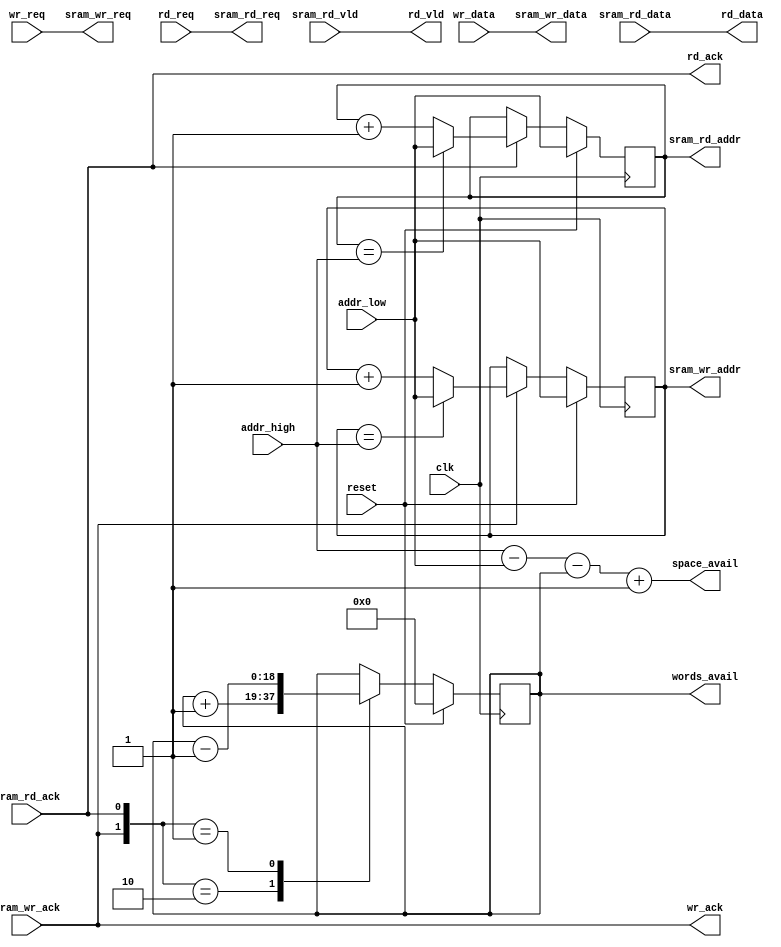
/***************************************
 * $Id: sram_fifo.v 5193 2009-03-06 00:15:26Z grg $
 *
 * Module: sram_fifo.v
 * Project: output_queues v2
 * Description: Implements a FIFO in SRAM
 *
 * Change history:
 *
 ***************************************/
`timescale 1ns/1ps

  module sram_fifo
    #(parameter SRAM_WIDTH = 72,
      parameter SRAM_ADDR_WIDTH = 19)
      (/* input side */
       input     [SRAM_WIDTH-1:0]        wr_data,       /* data to write */
       input                             wr_req,        /* set high to write and keep
                                                         * until wr_ack is raised */
       output                            wr_ack,        /* indicates current word stored,
                                                         * need new word on next cycle */
       output     [SRAM_ADDR_WIDTH-1:0]  space_avail,   /* num words that can be written
                                                         * before becoming full */

       /* output side */
       input                             rd_req,        /* set high to req rd. Keep hi
                                                         * till ack */
       output                            rd_ack,        /* rd started. rd_req should go
                                                         * low next cycle if no more. */
       output     [SRAM_WIDTH-1:0]       rd_data,       /* read result */
       output                            rd_vld,        /* read result vld (a few cycles
                                                         * after rd_req) */
       output     [SRAM_ADDR_WIDTH-1:0]  words_avail,   /* num words available to read */

       /* configuration interface */
       input      [SRAM_ADDR_WIDTH-1:0]  addr_high,     /* high addr of the fifo in SRAM */
       input      [SRAM_ADDR_WIDTH-1:0]  addr_low,      /* low addr of the fifo in SRAM */

       /* SRAM interface */
       output reg [SRAM_ADDR_WIDTH-1:0]  sram_wr_addr,
       output                            sram_wr_req,
       input                             sram_wr_ack,
       output     [SRAM_WIDTH-1:0]       sram_wr_data,

       output reg [SRAM_ADDR_WIDTH-1:0]  sram_rd_addr,
       output                            sram_rd_req,
       input                             sram_rd_ack,
       input      [SRAM_WIDTH-1:0]       sram_rd_data,
       input                             sram_rd_vld,

       input                             reset,
       input                             clk
       );


   reg [SRAM_ADDR_WIDTH-1:0]             depth;

   assign sram_wr_req    = wr_req;
   assign sram_wr_data   = wr_data;

   assign sram_rd_req    = rd_req;
   assign rd_data        = sram_rd_data;
   assign rd_vld         = sram_rd_vld;
   assign words_avail    = depth;
   assign space_avail    = addr_high - addr_low - depth + 1'b1;

   assign wr_ack         = sram_wr_ack;
   assign rd_ack         = sram_rd_ack;

   always @(posedge clk) begin
      if(reset) begin
         sram_wr_addr    <= addr_low;
         sram_rd_addr    <= addr_low;
         depth           <= 0;
      end

      else begin

         if(sram_wr_ack) begin
            if(sram_wr_addr == addr_high) begin
               sram_wr_addr <= addr_low;
            end
            else begin
               sram_wr_addr <= sram_wr_addr + 1'b1;
            end
         end

         if(sram_rd_ack) begin
            if(sram_rd_addr == addr_high) begin
               sram_rd_addr <= addr_low;
            end
            else begin
               sram_rd_addr <= sram_rd_addr + 1'b1;
            end
         end

         case({sram_wr_ack, sram_rd_ack})
            2'b10: depth <= depth + 1'b1;
            2'b01: depth <= depth - 1'b1;
         endcase // case({sram_wr_ack, sram_rd_ack})

      end // else: !if(reset)

   end // always @ (posedge clk)

   // synthesis translate_off
   always @(posedge clk)
   begin
      if (wr_req && space_avail == 0) begin
         $display("%t ERROR: Attempt to write to full FIFO: %m", $time);
/* -----\/----- EXCLUDED -----\/-----
         $stop;
 -----/\----- EXCLUDED -----/\----- */
      end
      if (rd_req && depth == 'h0) begin
         $display("%t ERROR: Attempt to read an empty FIFO: %m", $time);
/* -----\/----- EXCLUDED -----\/-----
         $stop;
 -----/\----- EXCLUDED -----/\----- */
      end
   end
   // synthesis translate_on

endmodule // sram_fifo

// synthesis translate_off
module sram_fifo_tester();

   parameter SRAM_WIDTH = 72;
   parameter SRAM_ADDR_WIDTH = 19;

   wire                      rd_ack;
   wire [SRAM_WIDTH-1:0]     rd_data;
   wire                      rd_vld;
   wire [SRAM_ADDR_WIDTH-1:0]space_avail;
   wire [SRAM_ADDR_WIDTH-1:0]sram_rd_addr;
   wire [SRAM_ADDR_WIDTH-1:0]sram_wr_addr;
   wire [SRAM_WIDTH-1:0]     sram_wr_data;
   wire                      sram_wr_req;
   wire [SRAM_ADDR_WIDTH-1:0]words_avail;
   wire                      wr_ack;

   reg                       wr_req;
   reg                       rd_req;
   reg [SRAM_ADDR_WIDTH-1:0] addr_high;
   reg [SRAM_ADDR_WIDTH-1:0] addr_low;
   reg                       sram_wr_ack;
   reg                       sram_rd_ack;
   reg [SRAM_WIDTH-1:0]      sram_rd_data;
   reg                       sram_rd_vld;
   reg                       sram_rd_vld_e1;
   reg [SRAM_WIDTH-1:0]      sram_rd_data_e1;
   wire                      sram_rd_req;
   reg [SRAM_WIDTH-1:0]      wr_data = 0;

   reg                       clk = 0;
   reg                       reset = 0;

   integer                   count = 0;
   integer                   rd_count = 0;

   sram_fifo sram_fifo
     (
      // Outputs
      .wr_ack                           (wr_ack),
      .space_avail                      (space_avail[SRAM_ADDR_WIDTH-1:0]),
      .rd_ack                           (rd_ack),
      .rd_data                          (rd_data[SRAM_WIDTH-1:0]),
      .rd_vld                           (rd_vld),
      .words_avail                      (words_avail[SRAM_ADDR_WIDTH-1:0]),
      .sram_wr_addr                     (sram_wr_addr[SRAM_ADDR_WIDTH-1:0]),
      .sram_wr_req                      (sram_wr_req),
      .sram_wr_data                     (sram_wr_data[SRAM_WIDTH-1:0]),
      .sram_rd_addr                     (sram_rd_addr[SRAM_ADDR_WIDTH-1:0]),
      .sram_rd_req                      (sram_rd_req),
      .sram_rd_data                     (sram_rd_data[SRAM_WIDTH-1:0]),
      .sram_rd_vld                      (sram_rd_vld),
      // Inputs
      .wr_data                          (wr_data),
      .wr_req                           (wr_req),
      .rd_req                           (rd_req),
      .addr_high                        (addr_high[SRAM_ADDR_WIDTH-1:0]),
      .addr_low                         (addr_low[SRAM_ADDR_WIDTH-1:0]),
      .sram_wr_ack                      (sram_wr_ack),
      .sram_rd_ack                      (sram_rd_ack),
      .reset                            (reset),
      .clk                              (clk));

   always #4 clk = ~clk;

   reg [71:0]  sram[0:15];
   always @(posedge clk) begin
      sram_rd_ack       <= 0;
      sram_rd_vld_e1    <= 0;
      sram_wr_ack       <= 0;
      sram_rd_vld       <= sram_rd_vld_e1;
      sram_rd_data      <= sram_rd_data_e1;
      if(sram_rd_req) begin
         sram_rd_ack        <= 1'b1;
         sram_rd_data_e1    <= sram[sram_rd_addr];
         sram_rd_vld_e1     <= 1'b1;
      end
      if(sram_wr_req) begin
         sram_wr_ack           <= 1'b1;
         sram[sram_wr_addr]    <= sram_wr_data;
      end
   end // always @ (posedge clk)

   always @(posedge clk) begin
      count     <= count + 1;
      reset     <= 0;
      wr_req    <= 0;
      rd_req    <= 0;
      addr_high <= 15;
      addr_low  <= 0;
      rd_count  <= rd_count + rd_ack;
      wr_data   <= wr_data + wr_ack;

      if(words_avail != wr_data + wr_ack - rd_count - rd_ack) begin
         $display("%t ERROR: words_avail incorrect. exp:%u found %u: %m", $time, wr_data + wr_ack - rd_count - rd_ack, words_avail);
      end
      if(space_avail != 16-words_avail) begin
         $display("%t ERROR: space_avail incorrect. exp:%u found %u: %m", $time, 16-words_avail, space_avail);
      end
      if(rd_vld && rd_data != rd_count) begin
         $display("%t ERROR: rd_data incorrect. exp:%u found %u: %m", $time, rd_count, rd_data);
      end

      if(count < 2) begin
         reset <= 1'b1;
      end
      else if(count < 2 + 8) begin
         wr_req <= 1;
      end
      else if(count < 2 + 8 + 3) begin
         rd_req <= 1;
      end
      else if(count < 2 + 8 + 3 + 2) begin
         wr_req <= 1'b1;
      end
      else if(count < 2 + 8 + 3 + 2 + 8) begin
         wr_req <= 1'b1;
         rd_req <= 1'b1;
      end
      else if(count < 2 + 8 + 3 + 2 + 8 + 4) begin
         rd_req <= 1'b1;
      end
      else if(count < 2 + 8 + 3 + 2 + 8 + 4 + 8) begin
         wr_req <= 1'b1;
         rd_req <= 1'b1;
      end
      else begin
         $display("%t Test complete %m", $time);
      end
   end // always @ (posedge clk)
endmodule // sram_fifo_tester
// synthesis translate_on

/* vim:set shiftwidth=3 softtabstop=3 expandtab: */